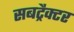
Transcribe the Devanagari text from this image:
सबट्रैक्टर